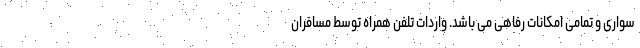
سواری و تمامی امکانات رفاهی می باشد. واردات تلفن همراه توسط مسافران